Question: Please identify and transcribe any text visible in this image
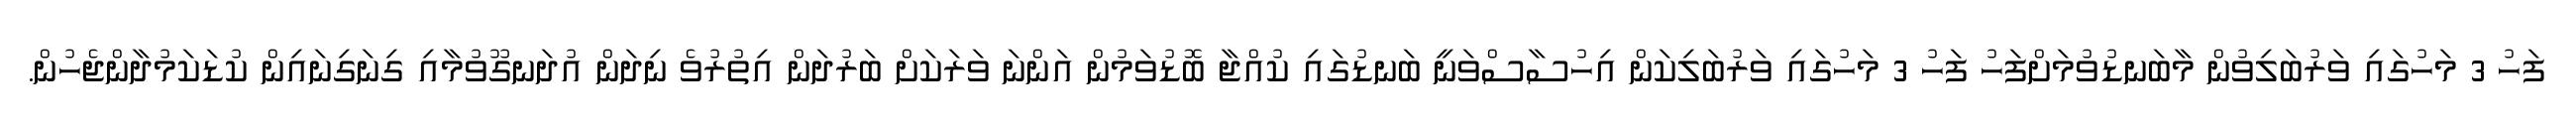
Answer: ފަހު 3 މަހުގައި ވަރުބަލިވުން މާބަނޑުވުމަށްފަހު ފަހު 3 މަހުގައި ވަރުބަލިކަން އިހުސާސްވަނީ ބަނޑުގައި ކުއްޖާ ބޮޑުވަމުން އަންނަ ވަރަކަށް ބަރުދަން އިތުރުވެ ނިދަން އުދަނގޫވުމާއި ގިނަގިނައިން ކުޑަކަމުދާންޖެހުން.